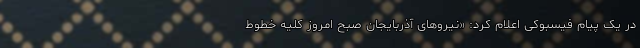
در یک پیام فیسبوکی اعلام کرد: «نیروهای آذربایجان صبح امروز کلیه خطوط